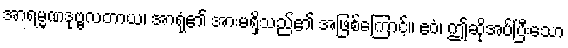
အာရမ္မဏဒုဗ္ဗလတာယ၊ အာရုံ၏ အားမရှိသည်၏ အဖြစ်ကြောင့်။ ဧဝံ၊ ဤဆိုအပ်ပြီးသော